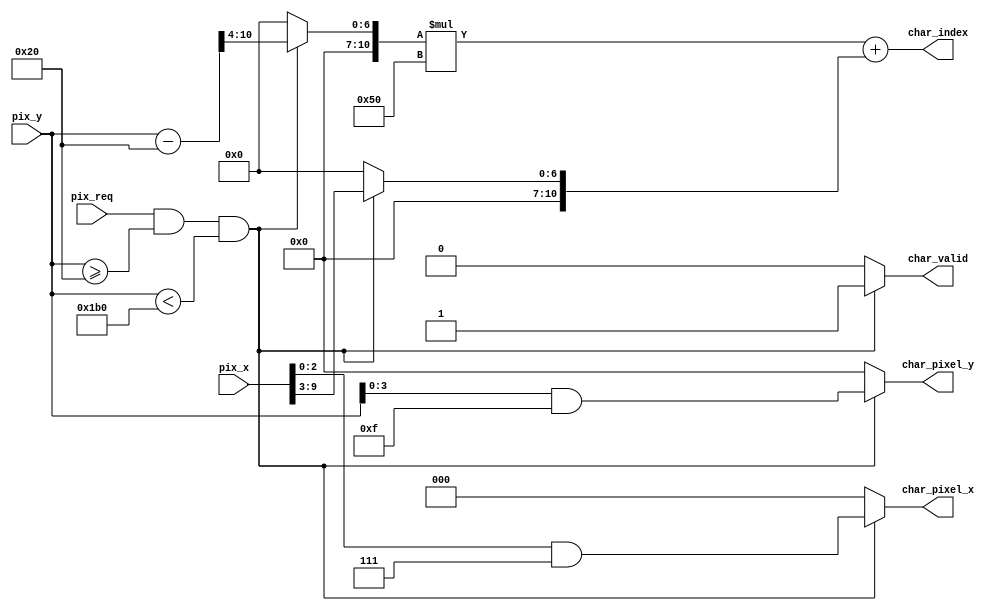
// This program was cloned from: https://github.com/michaelliao/learn-verilog
// License: GNU General Public License v3.0

module pixel_to_char (
    input pix_req,
    // pixel x of screen: 0 ~ 639:
    input [9:0] pix_x,
    // pixel y of screen: 0 ~ 479:
    input [9:0] pix_y,

	// is char valid:
    output reg char_valid,
    // char index: 0 ~ 1999:
    output wire [10:0] char_index,
    // pixel x of char: 0 ~ 7:
    output reg [2:0] char_pixel_x,
    // pixel y of char: 0 ~ 15:
    output reg [3:0] char_pixel_y
);

    parameter PIX_Y_START = 10'd32,
              PIX_Y_END = PIX_Y_START + 25 * 16;

    reg [10:0] row;
    reg [10:0] col;

    always @ (*) begin
        if (pix_req && pix_y >= PIX_Y_START && pix_y < PIX_Y_END) begin
            char_valid = 1'b1;
            row = (pix_y - PIX_Y_START) >> 4;
            col = pix_x >> 3;
            char_pixel_x = pix_x[2:0] & 3'b111;
            char_pixel_y = pix_y[3:0] & 4'b1111;
        end
        else begin
            char_valid = 1'b0;
            row = 11'b0;
            col = 11'b0;
            char_pixel_x = 3'b0;
            char_pixel_y = 4'b0;
        end
    end

    assign char_index = row * 11'd80 + col;
endmodule